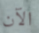
الآن